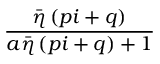
\frac { \bar { \eta } \left( p i + q \right) } { a \bar { \eta } \left( p i + q \right) + 1 }